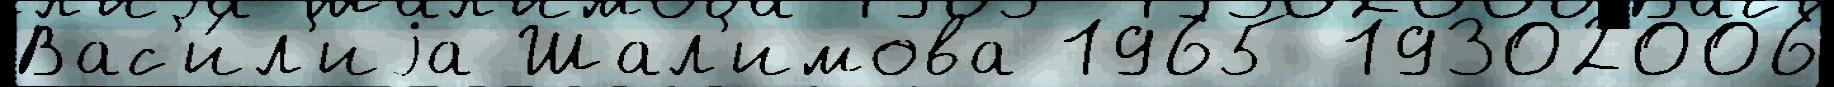
Вас'и́л'иjа Шал'имова 1965 19302006